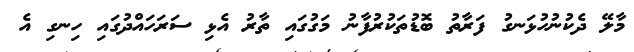
މާލޭ ދެކުނުހުޅަނގު ފަރާތު ބޮޑުތަކުރުފާނު މަގުގައި ތާރު އެޅި ސަރަހައްދުގައި ހިނގި އެ